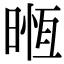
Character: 暅